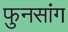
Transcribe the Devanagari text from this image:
फुनसांग